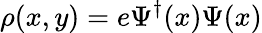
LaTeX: \rho(x,y)=e\Psi^{\dagger}(x)\Psi(x)